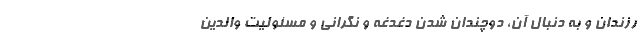
رزندان و به دنبال آن، دوچندان شدن دغدغه و نگرانی و مسئولیت والدین